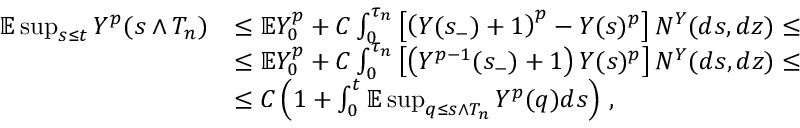
\begin{array} { r l } { \mathbb { E } \operatorname* { s u p } _ { s \leq t } Y ^ { p } ( s \wedge T _ { n } ) } & { \leq \mathbb { E } Y _ { 0 } ^ { p } + C \int _ { 0 } ^ { \tau _ { n } } \left[ \left( Y ( s _ { - } ) + 1 \right) ^ { p } - Y ( s ) ^ { p } \right] N ^ { Y } ( d s , d z ) \leq } \\ & { \leq \mathbb { E } Y _ { 0 } ^ { p } + C \int _ { 0 } ^ { \tau _ { n } } \left[ \left( Y ^ { p - 1 } ( s _ { - } ) + 1 \right) Y ( s ) ^ { p } \right] N ^ { Y } ( d s , d z ) \leq } \\ & { \leq C \left( 1 + \int _ { 0 } ^ { t } \mathbb { E } \operatorname* { s u p } _ { q \leq s \wedge T _ { n } } Y ^ { p } ( q ) d s \right) \, , } \end{array}